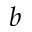
b